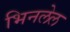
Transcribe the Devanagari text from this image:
भिनलेल